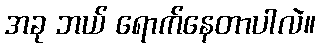
အခု ဘယ် ရောက်နေတာပါလဲ။